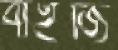
বাইজি